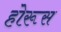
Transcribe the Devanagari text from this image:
होरूस